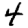
Digit: 4